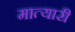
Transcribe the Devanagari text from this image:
मात्यारी